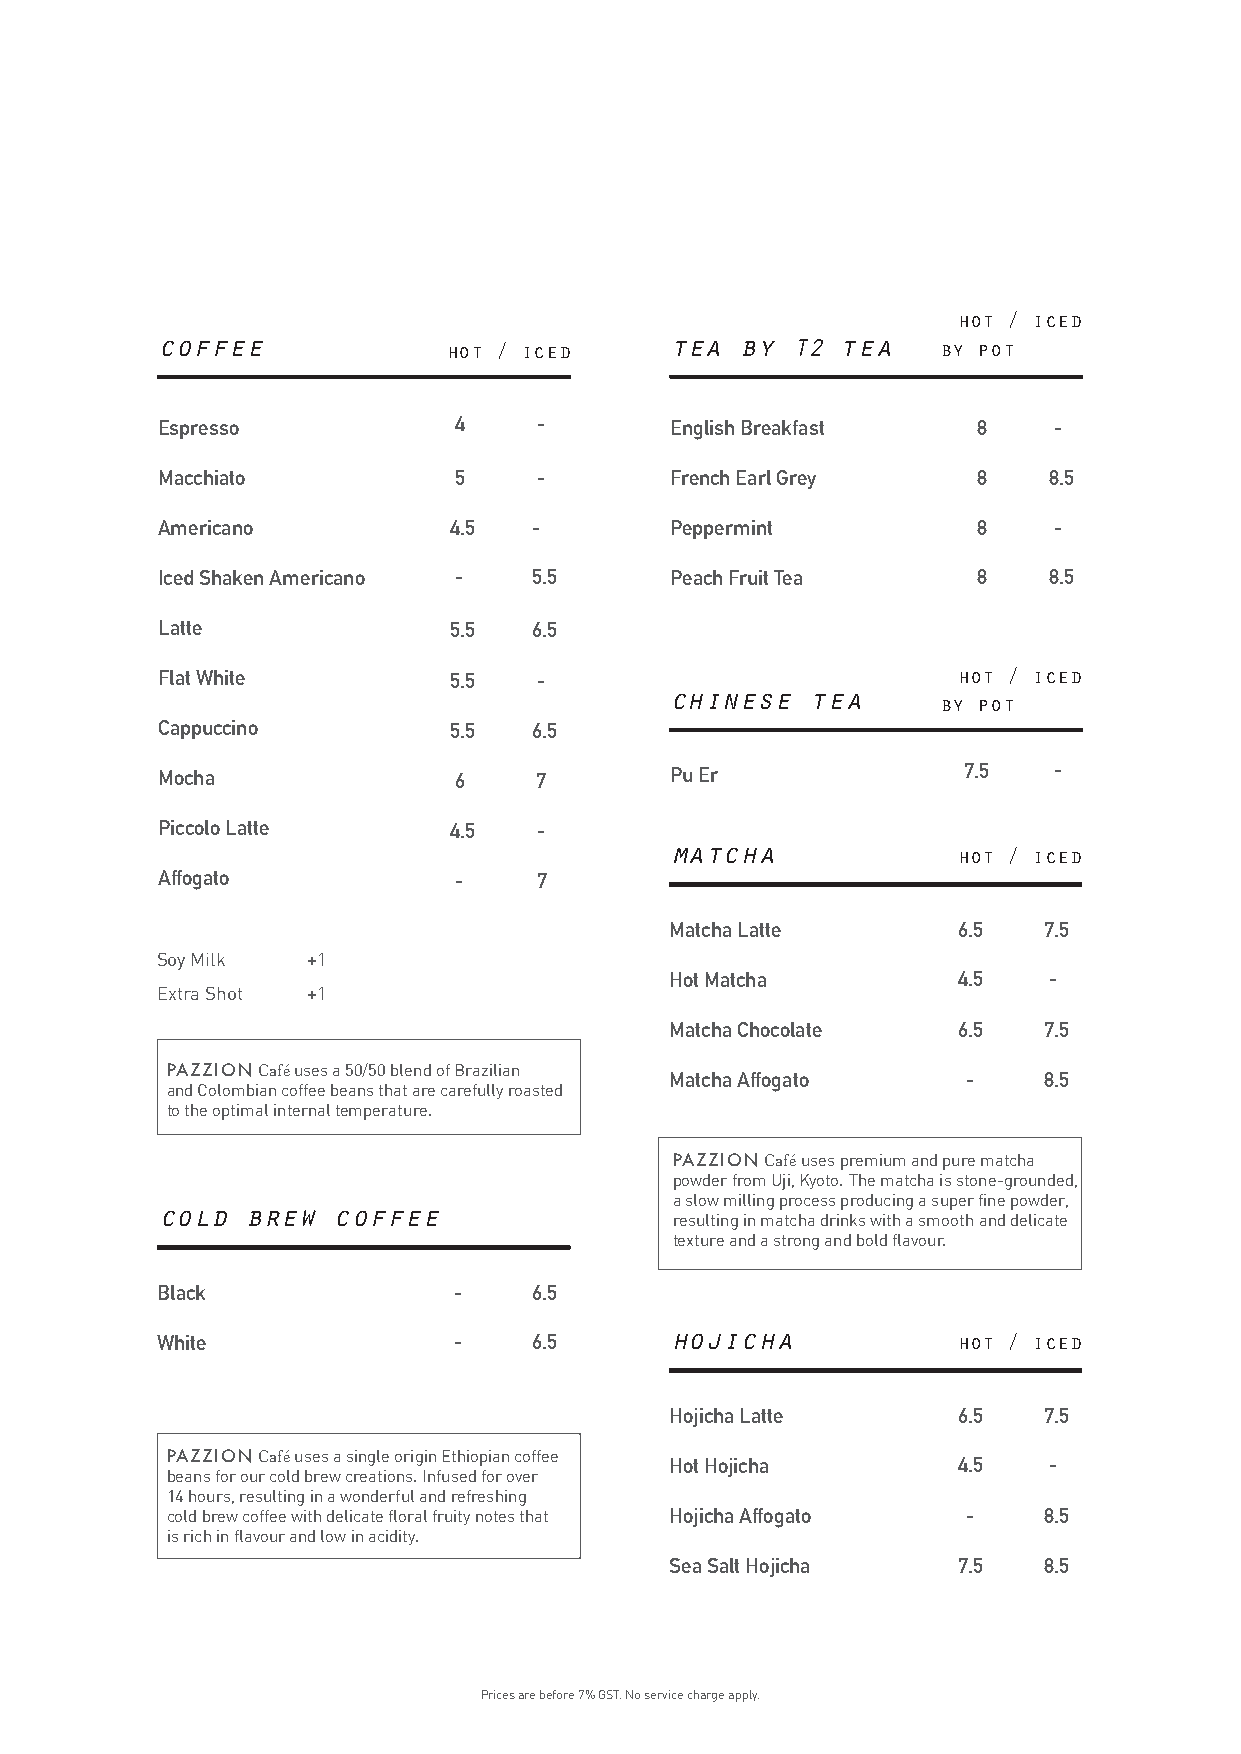
hot / iced
 coffee              hot / iced    tea  by T2  tea   by pot
 Espresso            4     -       English Breakfast    8    -
 Macchiato           5     -       French Earl Grey     8   8.5
 Americano           4.5  -        Peppermint           8    -
 Iced Shaken Americano -  5.5      Peach Fruit Tea      8   8.5
 Latte               5.5  6.5
 Flat White          5.5   -                          hot / iced
 chinese   tea
 by pot
 Cappuccino          5.5  6.5
 Mocha               6    7        Pu Er               7.5   -
 Piccolo Latte       4.5   -
 matcha             hot / iced
 Affogato            -     7
 Matcha Latte       6.5   7.5
 Soy Milk  +1
 Hot Matcha         4.5   -
 Extra Shot +1
 Matcha Chocolate   6.5   7.5
 PAZZION Café uses a 50/50 blend of Brazilian
 Matcha Affogato     -    8.5
 and Colombian coffee beans that are carefully roasted
 to the optimal internal temperature.
 PAZZION Café uses premium and pure matcha
 powder from Uji, Kyoto. The matcha is stone-grounded,
 a slow milling process producing a super fine powder,
 cold brew  coffee
 resulting in matcha drinks with a smooth and delicate
 texture and a strong and bold flavour.
 Black               -    6.5
 White               -    6.5      hojicha            hot / iced
 Hojicha Latte      6.5   7.5
 PAZZION Café uses a single origin Ethiopian coffee
 Hot Hojicha        4.5   -
 beans for our cold brew creations. Infused for over
 14 hours, resulting in a wonderful and refreshing
 cold brew coffee with delicate floral fruity notes that Hojicha Affogato - 8.5
 is rich in flavour and low in acidity.
 Sea Salt Hojicha   7.5   8.5
 Prices are before 7% GST. No service charge apply.